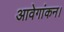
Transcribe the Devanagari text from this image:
आवेगांकन।